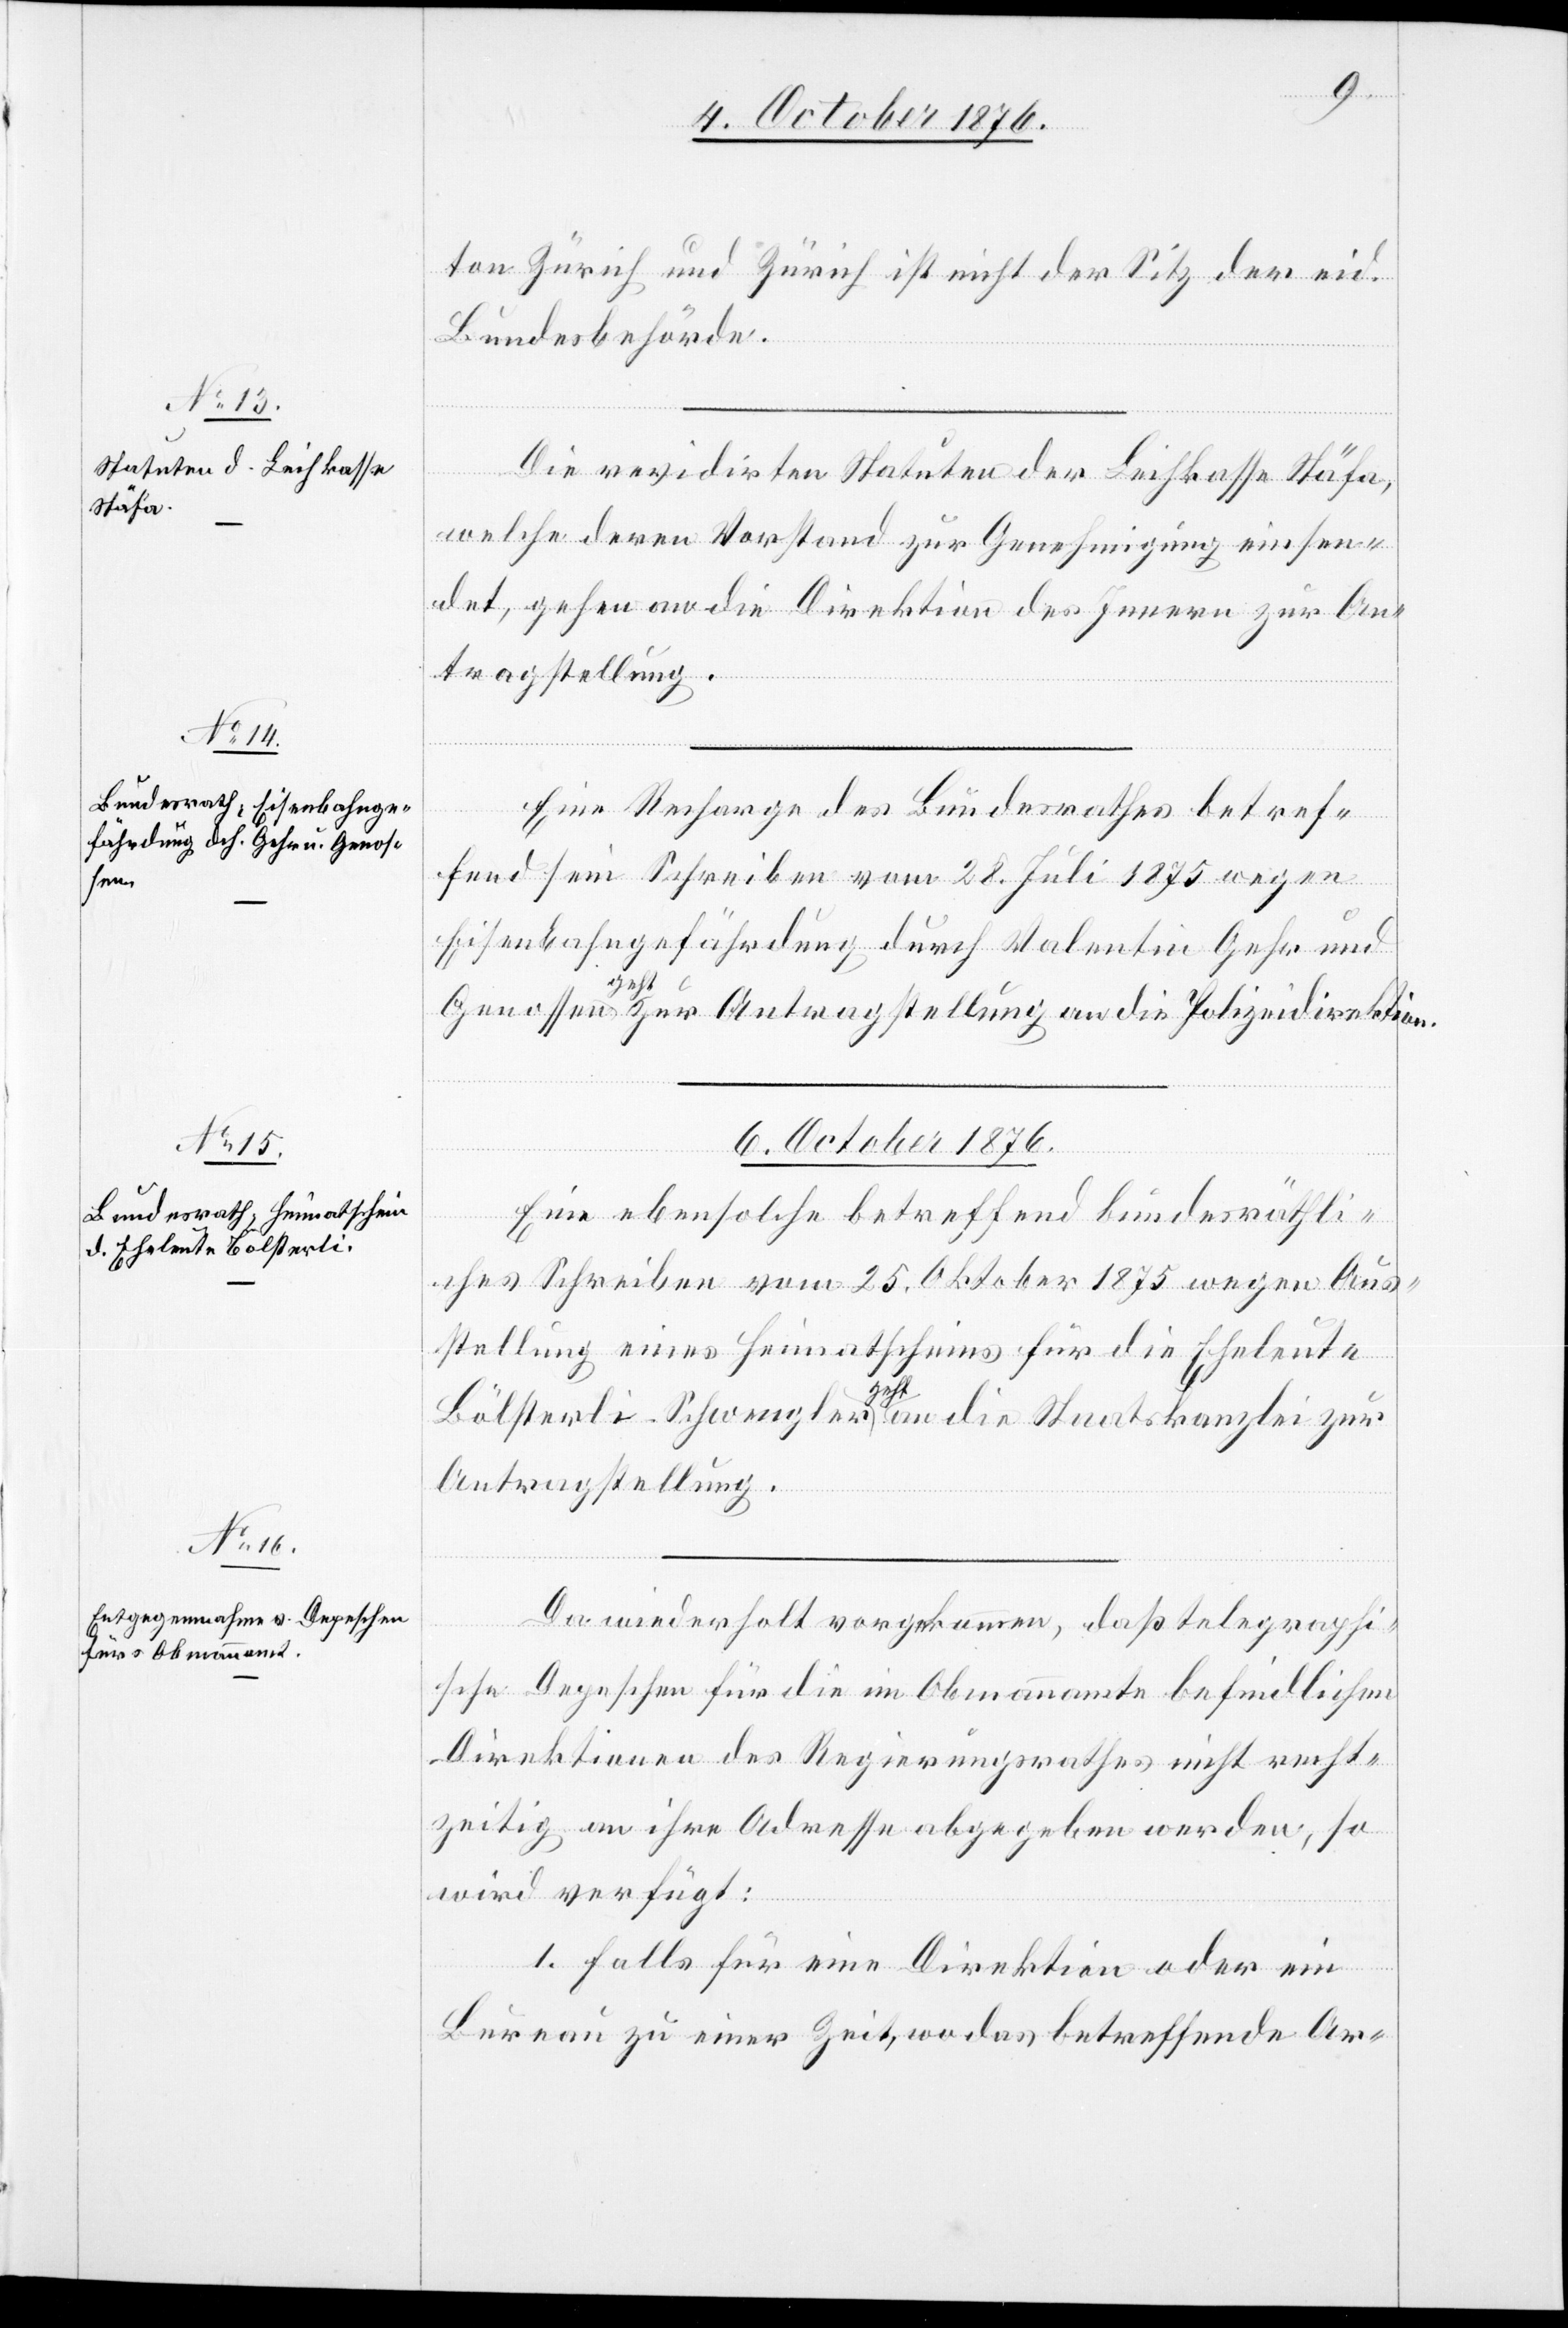
6. Oct. 1876.]
ton Zürich und Zürich ist nicht der Sitz der eid.
Bundesbehörde.
Die revidirten Statuten der Leihkasse Stäfa,
welche deren Vorstand zur Genehmigung einsen¬
det, gehen an die Direktion des Innern zur An¬
tragstellung.
Eine Recharge des Bundesrathes betref¬
fend sein Schreiben vom 28. Juli 1875 wegen
Eisenbahngefährdung durch Valentin Gehr und
Genossen geht zur Antragstellung an die Polizeidirektion.
Eine ebensolche betreffend bundesräthli¬
ches Schreiben vom 25. Oktober 1875 wegen Aus¬
stellung eines Heimatscheins für die Eheleute
Bölsterli-Schwengler geht an die Staatskanzlei zur
Antragstellung.
Da wiederholt vorgekommen, daß telegraphi¬
sche Depeschen für die im Obmannamte befindlichen
Direktionen des Regierungsrathes nicht recht¬
zeitig an ihre Adresse abgegeben werden, so
wird verfügt:
1. Falls für eine Direktion oder ein
Bureau zu einer Zeit, wo das betreffende Ar-